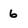
Character: 6